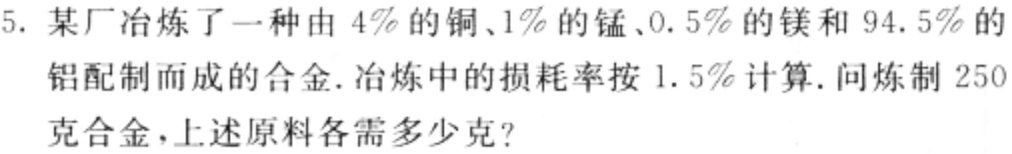
5. 某厂冶炼了一种由 \(4\%\) 的铜、\(1\%\) 的锰、\(0.5\%\) 的镁和 \(94.5\%\) 的铝配制而成的合金. 冶炼中的损耗率按 \(1.5\%\) 计算. 问炼制 \(250\) 克合金，上述原料各需多少克?